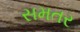
સમતર